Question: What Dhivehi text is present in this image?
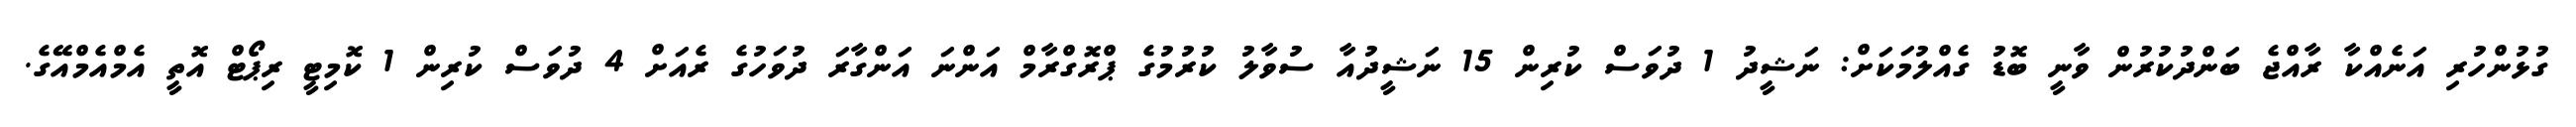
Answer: ގުޅުންހުރި އަނެއްކާ ރާއްޖެ ބަންދުކުރުން ވާނީ ބޮޑު ގެއްލުމަކަށް: ނަޝީދު 1 ދުވަސް ކުރިން 15 ނަޝީދުއާ ސުވާލު ކުރުމުގެ ޕްރޮގްރާމް އަންނަ އަންގާރަ ދުވަހުގެ ރެއަށް 4 ދުވަސް ކުރިން 1 ކޮމިޓީ ރިޕޯޓް އޮތީ އެމްއެމްއޭގެ.